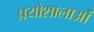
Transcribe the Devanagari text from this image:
प्रयोशालाओं